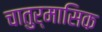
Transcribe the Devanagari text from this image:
चातुर्मासिक